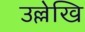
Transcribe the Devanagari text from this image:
उल्लेखि